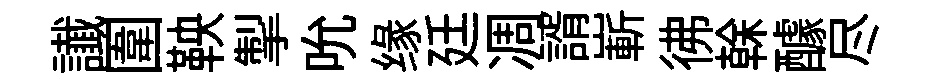
䜟圍鞅掣吮缘廷凋諝嶄彿𠏉醵尽